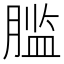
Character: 𰯂